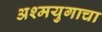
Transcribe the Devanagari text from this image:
अश्मयुगाचा